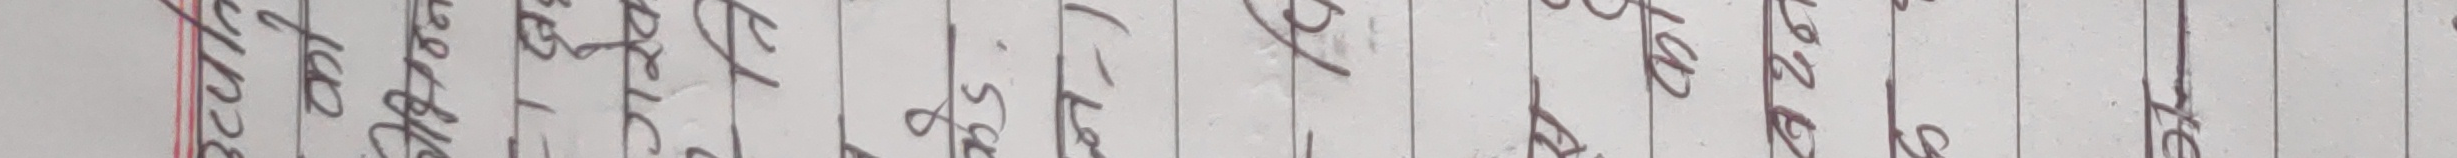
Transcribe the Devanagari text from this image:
सिर्जनशील